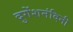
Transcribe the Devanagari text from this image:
दुगेंशनंदिनी